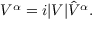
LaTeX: V ^ { \alpha } = i | V | \hat { V } ^ { \alpha } .